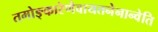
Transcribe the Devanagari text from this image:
तमोङ्कारेणैवायतनेनान्वेति